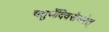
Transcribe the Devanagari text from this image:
चतुर्थेदिवसेचरेत्